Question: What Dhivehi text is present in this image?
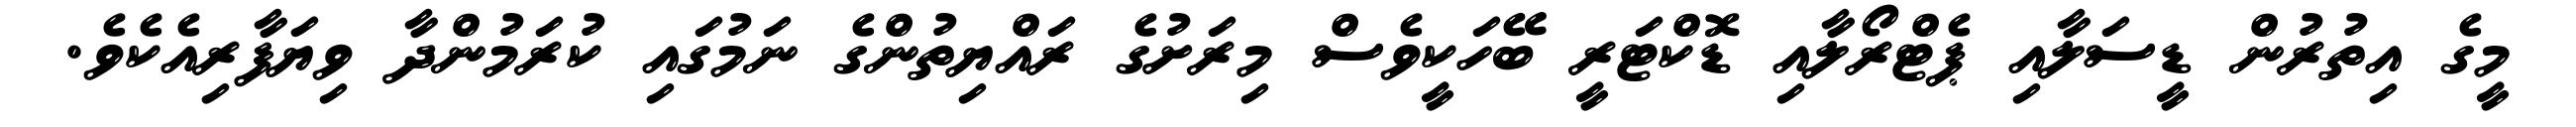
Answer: މީގެ އިތުރުން ޑީސަލާއި ޕެޓްރޯލާއި ޑޮކްޓަރީ ބޭހަކީވެސް މިރަށުގެ ރައްޔިތުންގެ ނަމުގައި ކުރަމުންދާ ވިޔަފާރިއެކެވެ.